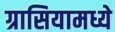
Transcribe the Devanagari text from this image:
ग्रासियामध्ये